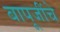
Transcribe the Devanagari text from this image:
बापूजींचे